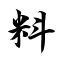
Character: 料